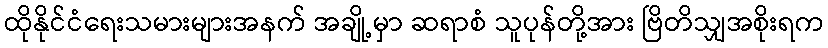
ထိုနိုင်ငံရေးသမားများအနက် အချို့မှာ ဆရာစံ သူပုန်တို့အား ဗြိတိသျှအစိုးရက